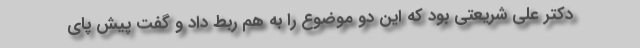
دکتر علی شریعتی بود که این دو موضوع را به هم ربط داد و گفت پیش پای